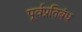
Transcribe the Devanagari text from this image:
पूर्वप्रतिबंध